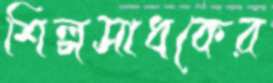
শিল্পসাধকের